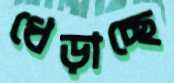
ধেড়াচ্ছে